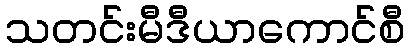
သတင်းမီဒီယာကောင်စီ